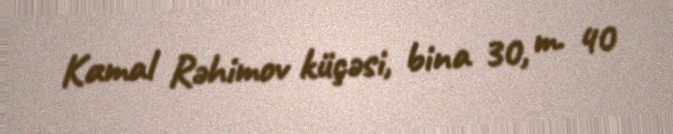
Kamal Rəhimov küçəsi, bina 30, m. 40